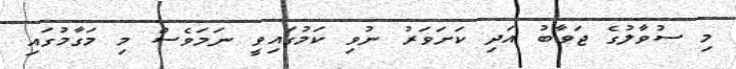
މި ސުވާލުގެ ޖަވާބު އަދި ކަށަވަރު ނުވި ކަމުގައިވީ ނަމަވެސް މި މަގާމުގައި